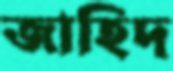
জাহিদ